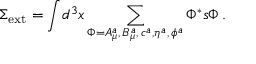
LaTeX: \Sigma _ { \mathrm { e x t } } = \displaystyle { \int } d ^ { 3 } x \sum _ { \Phi = A _ { \mu } ^ { a } , \, B _ { \mu } ^ { a } , \, c ^ { a } , \eta ^ { a } , \, \phi ^ { a } } \Phi ^ { * } s \Phi \, .